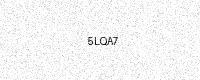
Text: 5LQA7